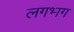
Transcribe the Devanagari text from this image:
लगभ्‍ाग